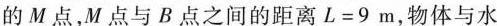
的M点，M点与B点之间的距离$$L = 9 m$$，物体与水